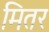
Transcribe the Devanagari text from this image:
मितर